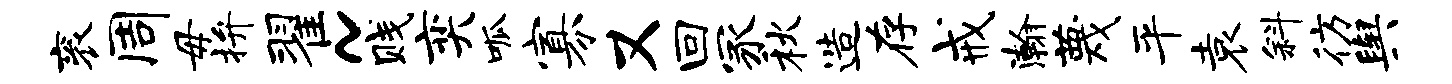
衮周毋拚翟~贱奕呱寡又回冢秋造存戒瀚蔑平袁斜彷舆